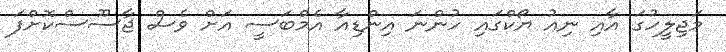
މަޖިލީހުގަ އާއި ނިއު ޔޯކްގައި ހުންނަ އިންޑިއާ އެމްބަސީ އަށް ވެސް ޖާސޫސްކޮށްފަ